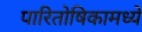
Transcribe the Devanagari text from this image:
पारितोषिकामध्ये